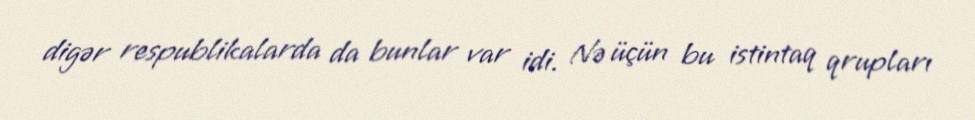
digər respublikalarda da bunlar var idi. Nə üçün bu istintaq qrupları